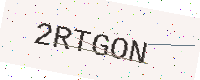
Text: 2RTGON